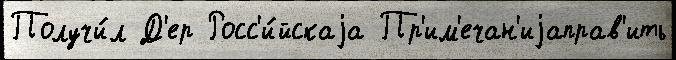
Получи́л Д'ер Росс'и́йскаjа Пр'им'ечан'иjаправ'ить